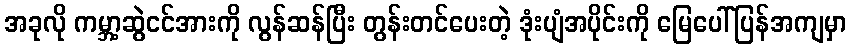
အခုလို ကမ္ဘာ့ဆွဲငင်အားကို လွန်ဆန်ပြီး တွန်းတင်ပေးတဲ့ ဒုံးပျံအပိုင်းကို မြေပေါ်ပြန်အကျမှာ